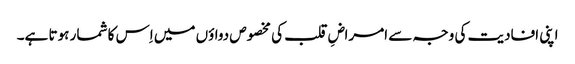
اپنی افادیت کی وجہ سے امراضِ قلب کی مخصوص دواؤں میں اِس کا شمار ہوتا ہے۔